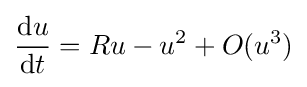
{\frac {\mathrm {d} u}{\mathrm {d} t}}=Ru-u^{2}+O(u^{3})